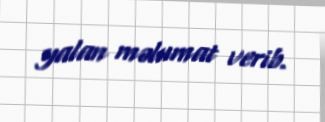
yalan məlumat verib.